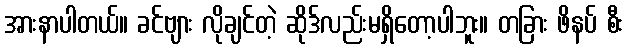
အားနာပါတယ်။ ခင်ဗျား လိုချင်တဲ့ ဆိုဒ်လည်းမရှိတော့ပါဘူး။ တခြား ဖိနပ် စီး